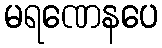
မရဏေနပေ